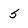
Character: 5